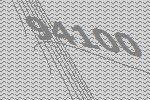
94100